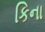
કિના